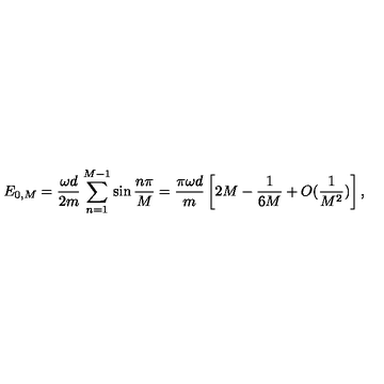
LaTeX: E _ { 0 , M } = { \frac { \omega d } { 2 m } } \sum _ { n = 1 } ^ { M - 1 } \sin { \frac { n \pi } { M } } = { \frac { \pi \omega d } { m } } \left[ { 2 } M - { \frac { 1 } { 6 M } } + O ( { \frac { 1 } { M ^ { 2 } } } ) \right] ,